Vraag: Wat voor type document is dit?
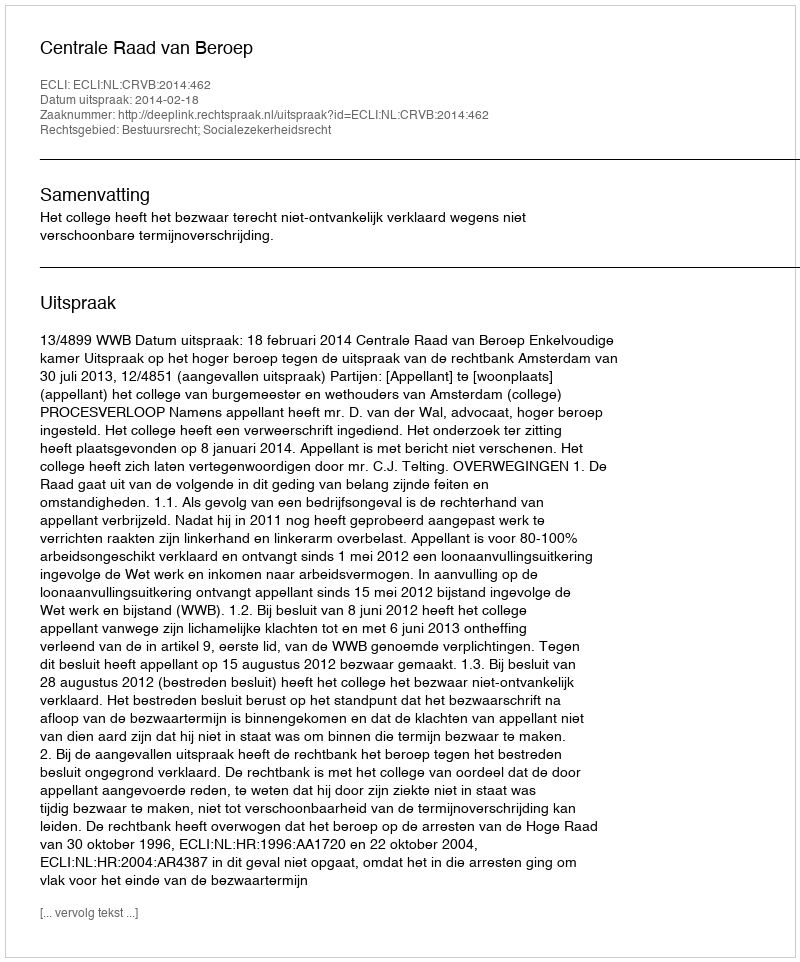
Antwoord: Uitspraak